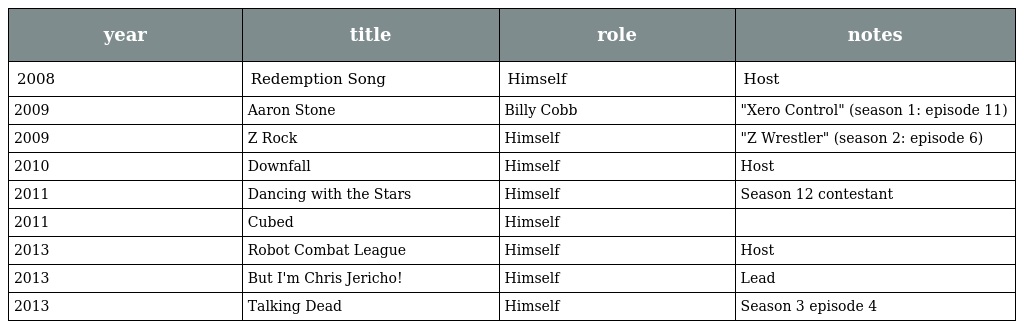
| year | title | role | notes |
 | --- | --- | --- | --- |
 | 2008 | Redemption Song | Himself | Host |
 | 2009 | Aaron Stone | Billy Cobb | "Xero Control" (season 1: episode 11) |
 | 2009 | Z Rock | Himself | "Z Wrestler" (season 2: episode 6) |
 | 2010 | Downfall | Himself | Host |
 | 2011 | Dancing with the Stars | Himself | Season 12 contestant |
 | 2011 | Cubed | Himself |  |
 | 2013 | Robot Combat League | Himself | Host |
 | 2013 | But I'm Chris Jericho! | Himself | Lead |
 | 2013 | Talking Dead | Himself | Season 3 episode 4 |